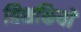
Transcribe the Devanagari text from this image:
त्रिशक्तियों